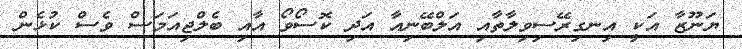
ޔަނޫޒާ އަކީ އިނގިރޭސިވިލާތާއި އަލްބޭނިއާ އަދި ކޮސޯވޯ އާއި ބެލްޖިއަމަސް ވެސް ކުޅެން